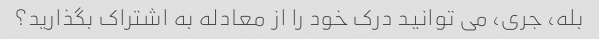
بله، جری، می توانید درک خود را از معادله به اشتراک بگذارید؟